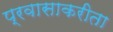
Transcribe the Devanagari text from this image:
प्रवासाकरीता